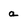
Character: a